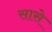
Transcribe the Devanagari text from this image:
सासे